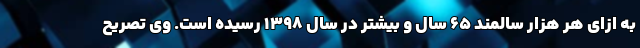
به ازای هر هزار سالمند ۶۵ سال و بیشتر در سال ۱۳۹۸ رسیده‌ است. وی تصریح